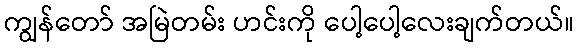
ကျွန်တော် အမြဲတမ်း ဟင်းကို ပေါ့ပေါ့လေးချက်တယ်။